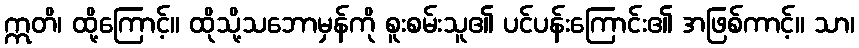
ဣတိ၊ ထို့ကြောင့်။ ထိုသို့သဘောမှန်ကို စူးစမ်းသူ၏ ပင်ပန်းကြောင်း၏ အဖြစ်ကာင့်။ သာ၊